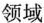
领域